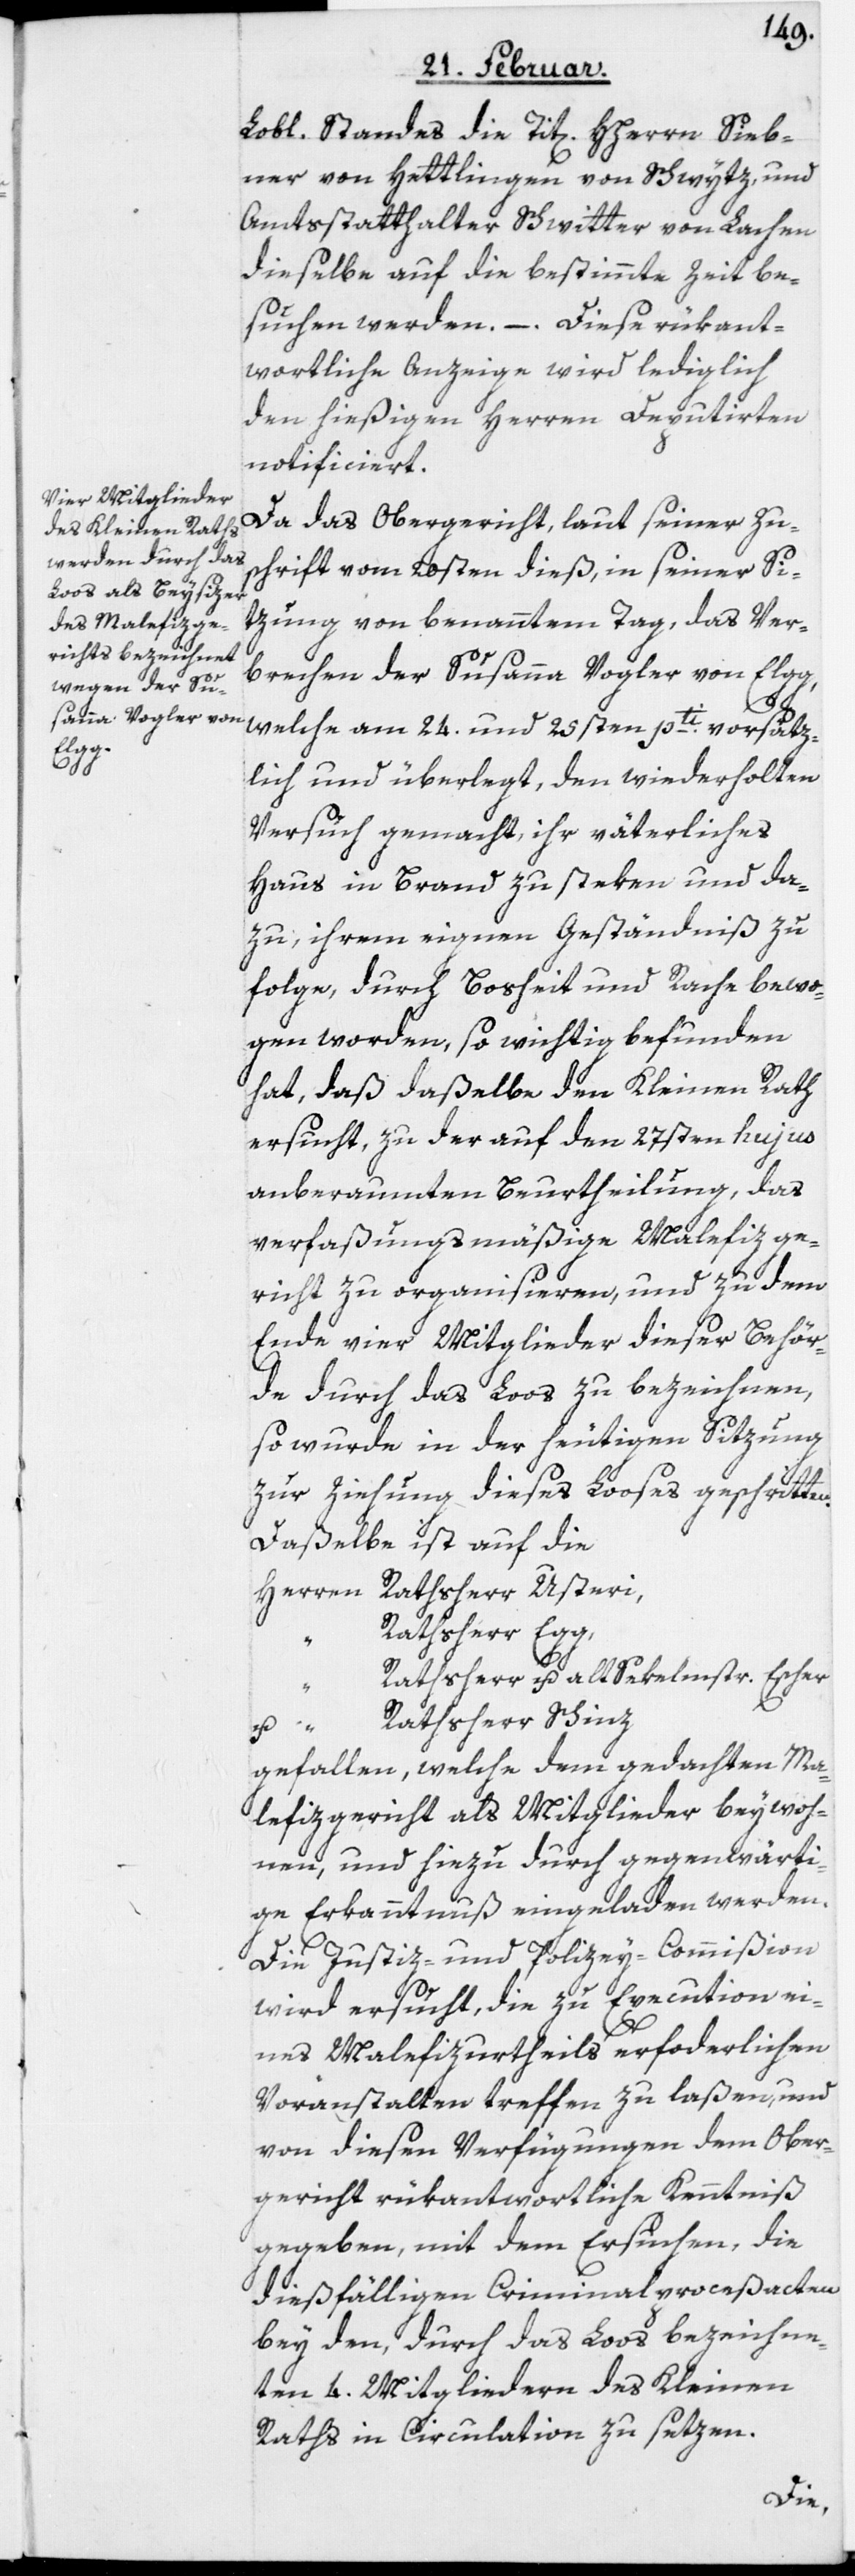
Lobl. Standes die Tit[en]. Hherrn Sieb¬
ner von Hettlingen von Schwytz, und
Amtsstatthalter Schwitter von Lachen
dieselbe auf die bestimmte Zeit be¬
suchen werden. – Diese rükant¬
wortliche Anzeige wird lediglich
den hießigen Herren Deputirten
notificiert.
Da das Obergericht, laut seiner Zu¬
schrift vom 20sten dieß, in seiner Si¬
tzung von benanntem Tag, das Ver¬
u.
brechen der Susanna Vogler von Elgg,
welche am 24. und 25sten pti. vorsätz¬
lich und überlegt, den wiederholten
Versuch gemacht, ihr väterliches
Haus in Brand zu steken und da¬
zu, ihrem eignen Geständniß zu
folge, durch Bosheit und Rache bewo¬
gen worden, so wichtig befunden
hat, daß daßelbe den Kleinen Rath
ersucht, zu der auf den 27sten hujus
anberaumten Beurtheilung , das
verfaßungsmäßige Malefizge¬
richt zu organisieren, und zu dem
Ende vier Mitglieder dieser Behör¬
de durch das Loos zu bezeichnen,
so wurde in der heutigen Sitzung
zur Ziehung dieses Looses geschritten.
Daßelbe ist auf die
Herren Rathsherr Usteri,
Rathsherr Egg,
Rathsherr u. alt Sekelmstr. Escher
Rathsherr Schinz
gefallen, welche dem gedachten Ma¬
lefizgericht als Mitglieder beywoh¬
nen, und hiezu durch gegenwärti¬
ge Erkanntnuß eingeladen werden.
Die Justiz- und Polizey-Commißion
wird ersucht, die zu Execution ei¬
nes Malefizurtheils erforderlichen
Voranstalten treffen zu laßen, und
von diesen Verfügungen dem Ober¬
gericht rükantwortliche Kenntniß
gegeben, mit dem Ersuchen, die
dießfälligen Criminalproceßacten
bey den, durch das Loos bezeichne¬
ten 4. Mitgliedern des Kleinen
Raths in Circulation zu setzen.